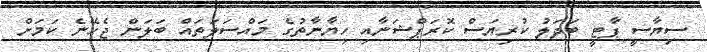
ސިޔާސީ ޕާޓީ ބަދަލު ކުރިޔަސް ކޮރަޕްޝަނާއި ހިޔާނާތުގެ މައްސަލަތައް ބަލަން ޖެހޭނެ ކަމަށް